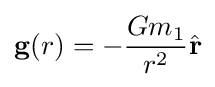
\mathbf {g} (r)=-{\frac {Gm_{1}}{r^{2}}}{\hat {\mathbf {r} }}